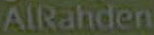
AlRahden